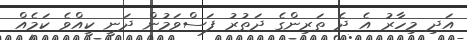
އަދި މިހާރު އެ ދެ ތަރިންގެ ދަތުރު ފަސްވަމުން ދަނީ ކީއްވެ ކަމެއް